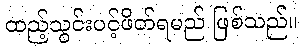
ထည့်သွင်းပင့်ဖိတ်ရမည် ဖြစ်သည်။